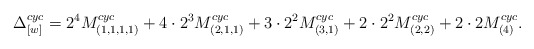
\begin{align*}\Delta_{[w]}^{cyc} =2^4M^{cyc}_{(1,1,1,1)}+4\cdot 2^3M^{cyc}_{(2,1,1)}+3\cdot 2^2M^{cyc}_{(3,1)}+2\cdot 2^2M^{cyc}_{(2,2)}+2\cdot 2M^{cyc}_{(4)}.\end{align*}